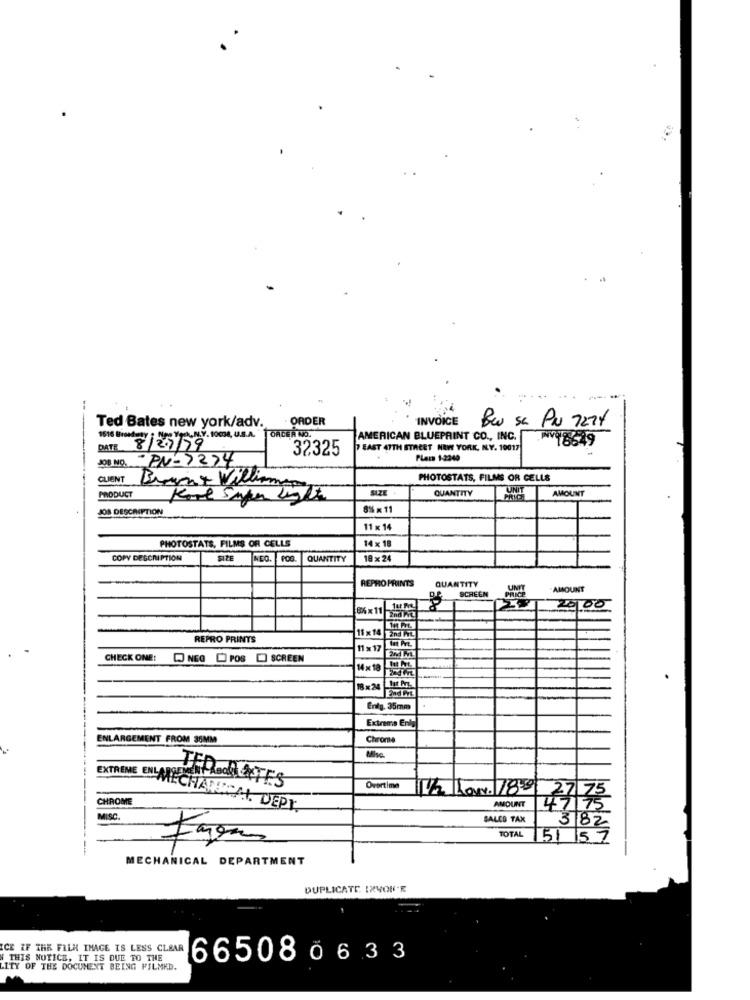
---
Ted Bates new york/adv.
ORDER
INVOICE
Beu sa PN 7224
ORCER NO.
AMERICAN BLUEPRINT CO ., INC.18649
DATE
8/20/79
32325
EAST 47TH STREET NEW YORK, IL.Y. 10017
JOU NO.PN-7274
Plam 1-2240
CLIENT
Bruno Williams
PHOTOSTATS, FILMS OR CELLS
PRODUCT
SIZE
QUANTITY
LINIT
AMOUNT
Kord Super Light
JOB DESCRIPTION
11 x 14
PHOTOSTATS, FILMS OF CELLS
14 x 10
COPY DESCRIPTION
SIZE
J. CO.
QUANTITY
18x2
REPRO PRINTS
QUANTITY
SCHEEN
PRICE
UNIT
AMOUNT
20.00
REPRO PRINTS
11 x 14 ER3
11x17
CHECK ONE:
NEG POS [ SCREEN
1×18
18× 24 -11t A.
Entg. 35mm
Extreme Enty
ENLARGEMENT FROM 35MM
Chrome
Mise
TEDOMATES
Overtime
CHROME
1/2 Law.189 27 75
AMOUNT
EXTREME EN MECHANICAL. DEPL.
MISC.
SALES TAX
382
TOTAL
151 57
-
MECHANICAL DEPARTMENT
DUPLICATE IXVON'R
CE IF THE FILM IMAGE IS LESS CLEAR
THIS NOTICE, IT IS DUE TO THE
665080633
LITY OF THE DOCUMENT BEING FILMED.